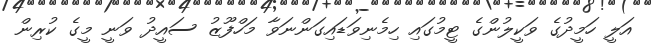
އަލީ ހަމީދުގެ ވަކީލުންގެ ޓީމުގައި ހިމެނިވަޑައިގަންނަވާ މަހްފޫޒު ސައީދު ވަނީ މީގެ ކުރިން